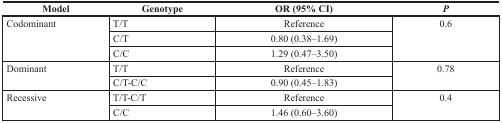
<table><thead><tr><td><b>Model</b></td><td><b>Genotype</b></td><td><b>OR (95% CI)</b></td><td><b><i>P</i></b></td></tr></thead><tbody><tr><td rowspan="3">Codominant</td><td>T/T</td><td>Reference</td><td rowspan="3">0.6</td></tr><tr><td>C/T</td><td>0.80 (0.38–1.69)</td></tr><tr><td>C/C</td><td>1.29 (0.47–3.50)</td></tr><tr><td rowspan="2">Dominant</td><td>T/T</td><td>Reference</td><td rowspan="2">0.78</td></tr><tr><td>C/T-C/C</td><td>0.90 (0.45–1.83)</td></tr><tr><td rowspan="2">Recessive</td><td>T/T-C/T</td><td>Reference</td><td rowspan="2">0.4</td></tr><tr><td>C/C</td><td>1.46 (0.60–3.60)</td></tr></tbody></table>